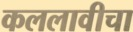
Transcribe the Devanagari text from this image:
कललावीचा